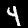
Label: 4